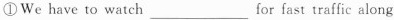
① We have to watch___for fast traffic along